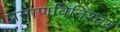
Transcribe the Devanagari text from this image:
प्रमाणविनिश्चय